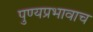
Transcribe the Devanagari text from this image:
पुण्यप्रभावाच